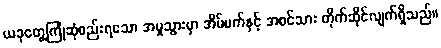
ယခုတွေ့ကြုံဆုံစည်းရသော အမှုသွားမှာ အိမ်မက်နှင့် အစင်သား တိုက်ဆိုင်လျက်ရှိသည်။